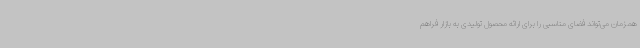
همزمان می‌تواند فضای مناسبی را برای ارائه محصول تولیدی به بازار فراهم